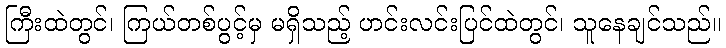
ကြီးထဲတွင်၊ ကြယ်တစ်ပွင့်မှ မရှိသည့် ဟင်းလင်းပြင်ထဲတွင်၊ သူနေချင်သည်။